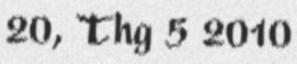
20, Thg 5 2010